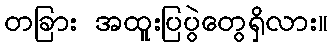
တခြား အထူးပြပွဲတွေရှိလား။